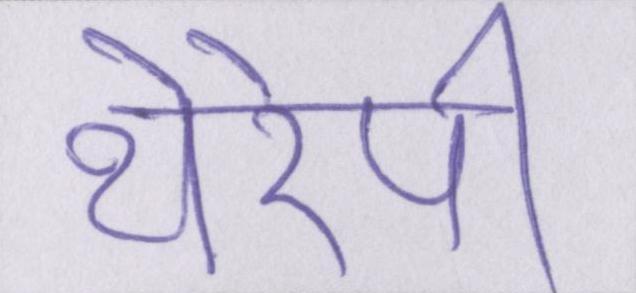
थेरेपी